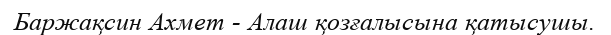
Баржақсин Ахмет - Алаш қозғалысына қатысушы.